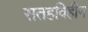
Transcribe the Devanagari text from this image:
सतहविहीन